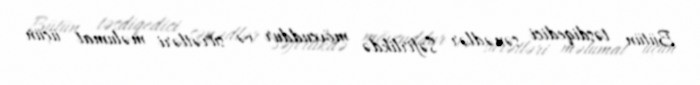
Bütün təsdiqedici sənədlər Səfirlikdə mövcuddur və surətləri məlumat üçün